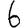
Digit: 6